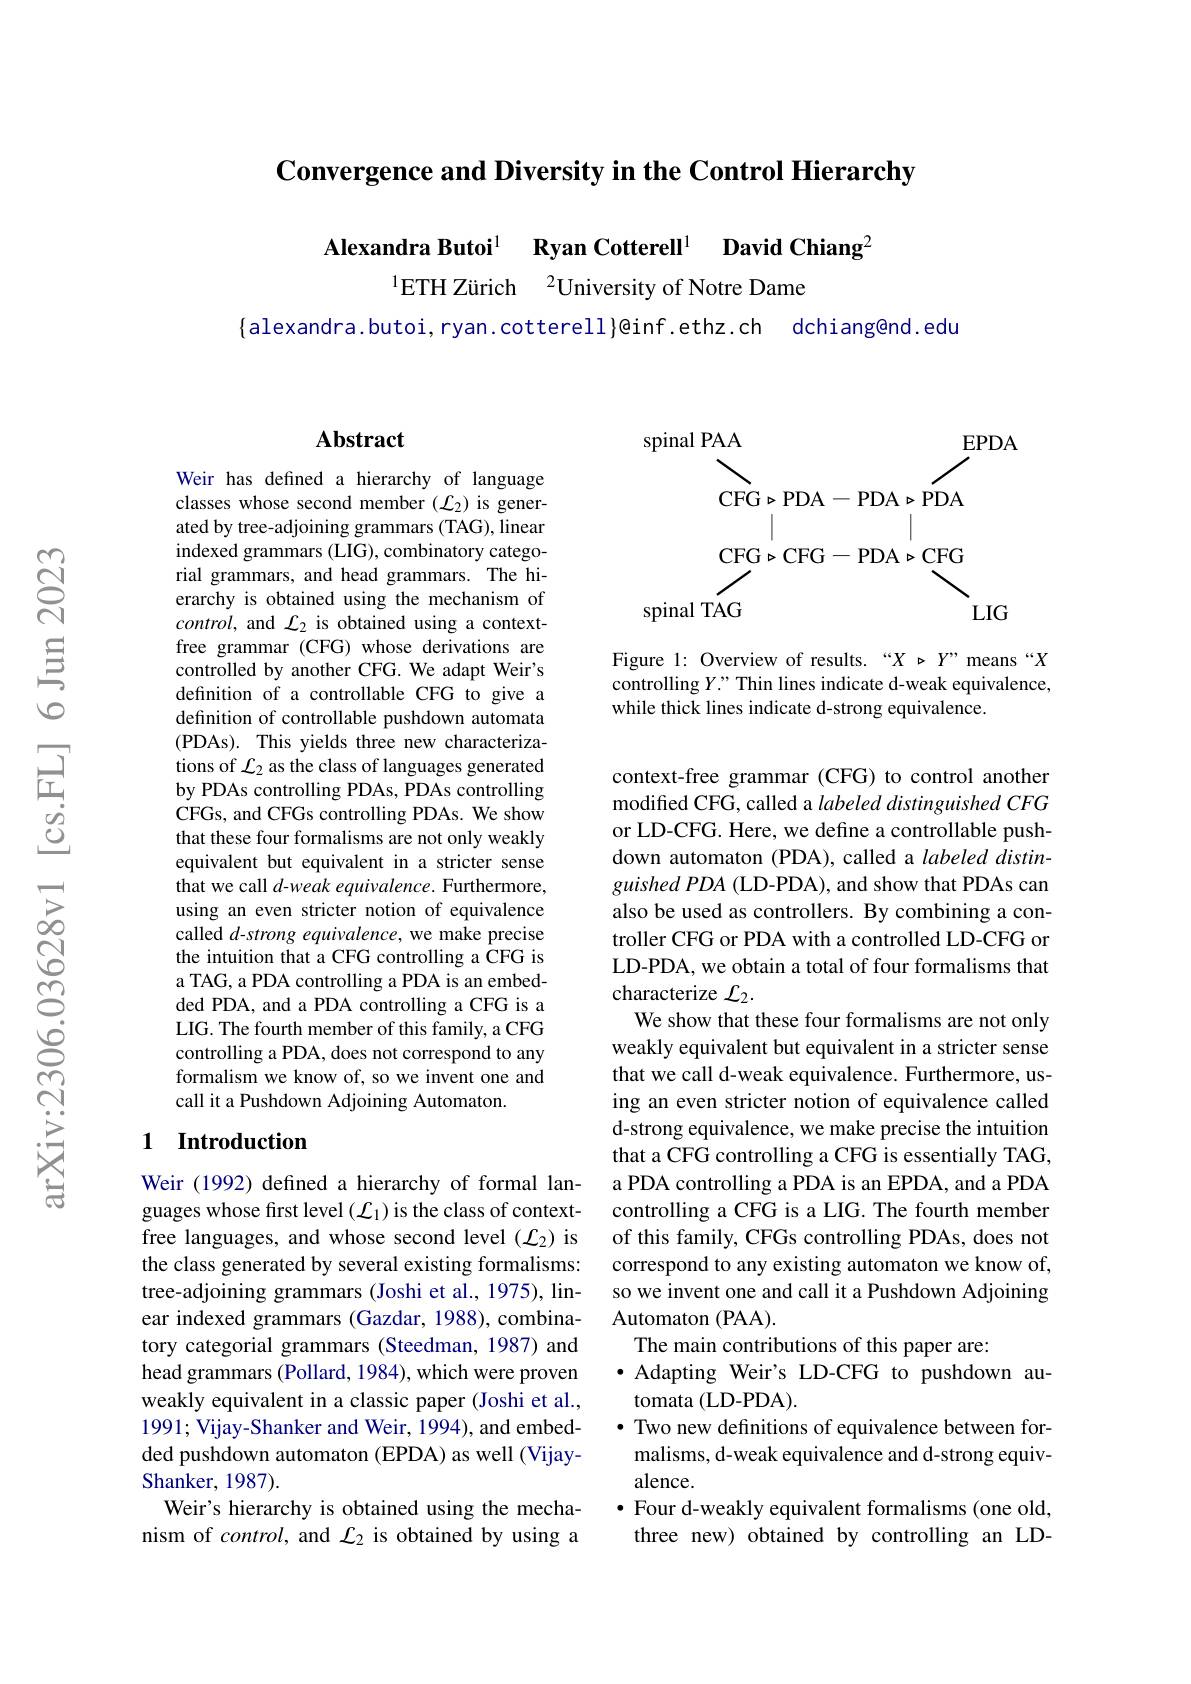
Convergence and Diversity in the Control Hierarchy

Alexandra Butoi$^{1}$ Ryan Cotterell$^{1}$ David Chiang$^{2}$

$^{1}$ETH Zürich$^2$University of Notre Dame

$\{$alexandra.butoi, ryan.cotterell}@inf.ethz.ch dchiang@nd.edu

## Abstract

Weir has defined a hierarchy of language classes whose second member $(\mathcal{L}_2)$ is generated by tree-adjoining grammars (TAG), linear indexed grammars (LIG), combinatory categorial grammars, and head grammars. The hierarchy is obtained using the mechanism of control, and $\mathcal{L}_2$ is obtained using a contextfree grammar (CFG) whose derivations are controlled by another CFG. We adapt Weir's definition of a controllable CFG to give a definition of controllable pushdown automata (PDAs). This yields three new characterizations of $\mathcal{L}_2$ as the class of languages generated by PDAs controlling PDAs, PDAs controlling CFGs, and CFGs controlling PDAs. We show that these four formalisms are not only weakly equivalent but equivalent in a stricter sense that we call d-weak equivalence. Furthermore, using an even stricter notion of equivalence called $d$-strong equivalence, we make precise the intuition that a CFG controlling a CFG is a TAG, a PDA controlling a PDA is an embedded PDA, and a PDA controlling a CFG is a LIG. The fourth member of this family, a CFG controlling a PDA, does not correspond to any formalism we know of, so we invent one and call it a Pushdown Adjoining Automaton.

## 1 Introduction

Weir (1992) defined a hierarchy of formal languages whose first level ($\mathcal{L}_1)$ is the class of contextfree languages, and whose second level ($\mathcal{L}_2)$ is the class generated by several existing formalisms: tree-adjoining grammars (Joshi et al., 1975), linear indexed grammars (Gazdar, 1988), combinatory categorial grammars (Steedman, 1987) and head grammars (Pollard, 1984), which were proven weakly equivalent in a classic paper (Joshi et al., 1991; Vijay-Shanker and Weir, 1994), and embedded pushdown automaton (EPDA) as well (VijayShanker, 1987).
Weir's hierarchy is obtained using the mechanism of control, and $\mathcal{L}_2$ is obtained by using a
$$\overset{\mathrm{spinal~PAA}}{\operatorname*{\overset{CFG\triangleright PDA-PDA\triangleright PDA}{\operatorname*{\overset{CFG\triangleright CFG-PDA\triangleright CFG}{\operatorname*{\overset{CFG}{\operatorname*{\overset{CFG}{\operatorname*{\overset{CFG}{\operatorname*{\overset{CFG}{\operatorname*{\overset{CFG}{\operatorname*{\overset{CFG}{\operatorname*{\overset{CFG}{\operatorname*{\overset{CFG}{\operatorname*{\overset{CFG}{\operatorname*{\overset{CFG}}{\operatorname*{\overset{CFG}{\operatorname*{\overset{CFG}{\operatorname*{\overset{CFG}{\operatorname*{\overset{CFG}{\operatorname*{\overset{CFG}{\operatorname*{\overset{CFG}{\operatorname*{\overset{CFG}{\operatorname*{\overset{CFG}{\operatorname*{\overset{CFG}{\operatorname*{\overset{CFG}{\operatorname*{\overset{CFB}{\operatorname*{\overset{CFB}{\operatorname*{\overset{CFB}{\operatorname*{\overset{CFB}{BG}{BG}}{\operatorname*{\overset{CFB}{BG}}{\operatorname*{\overset{CFB}{BG}}{\operatorname*{\overset{CFB}{\operatorname*{\overset{CFB}{BB}{BB}}{BG}}}}}}}}}}}}}}}}}}}}}}}}}}}{\operatorname*{\overset{EPDA}}}}}}}}}}{\operatorname*{\overset{\mathrm{LIG}}}}}}}}}}}}}}}}}}}}}}}}}}$$
Figure 1: Overview of results.“X p Y”means“X controlling $Y$." Thin lines indicate d-weak equivalence, while thick lines indicate d-strong equivalence.

context-free grammar (CFG) to control another modified CFG, called a labeled distinguished CFG or LD-CFG. Here, we define a controllable pushdown automaton (PDA), called a labeled distinguishedPDA (LD-PDA), and show that PDAs can also be used as controllers. By combining a controller CFG or PDA with a controlled LD-CFG or LD-PDA, we obtain a total of four formalisms that characterize $\mathcal{L}_2.$
We show that these four formalisms are not only weakly equivalent but equivalent in a stricter sense that we call d-weak equivalence. Furthermore, using an even stricter notion of equivalence called d-strong equivalence, we make precise the intuition that a CFG controlling a CFG is essentially TAG, a PDA controlling a PDA is an EPDA, and a PDA controlling a CFG is a LIG. The fourth member of this family, CFGs controlling PDAs, does not correspond to any existing automaton we know of, so we invent one and call it a Pushdown Adjoining Automaton (PAA).
The main contributions of this paper are:
·Adapting Weir's LD-CFG to pushdown au-
$\dot{\text{tomata(LD-PDA).}}$
· Two new definitions of equivalence between formalisms, d-weak equivalence and d-strong equivalence.
$\bullet$ Four d-weakly equivalent formalisms (one old, three new) obtained by controlling an LD-